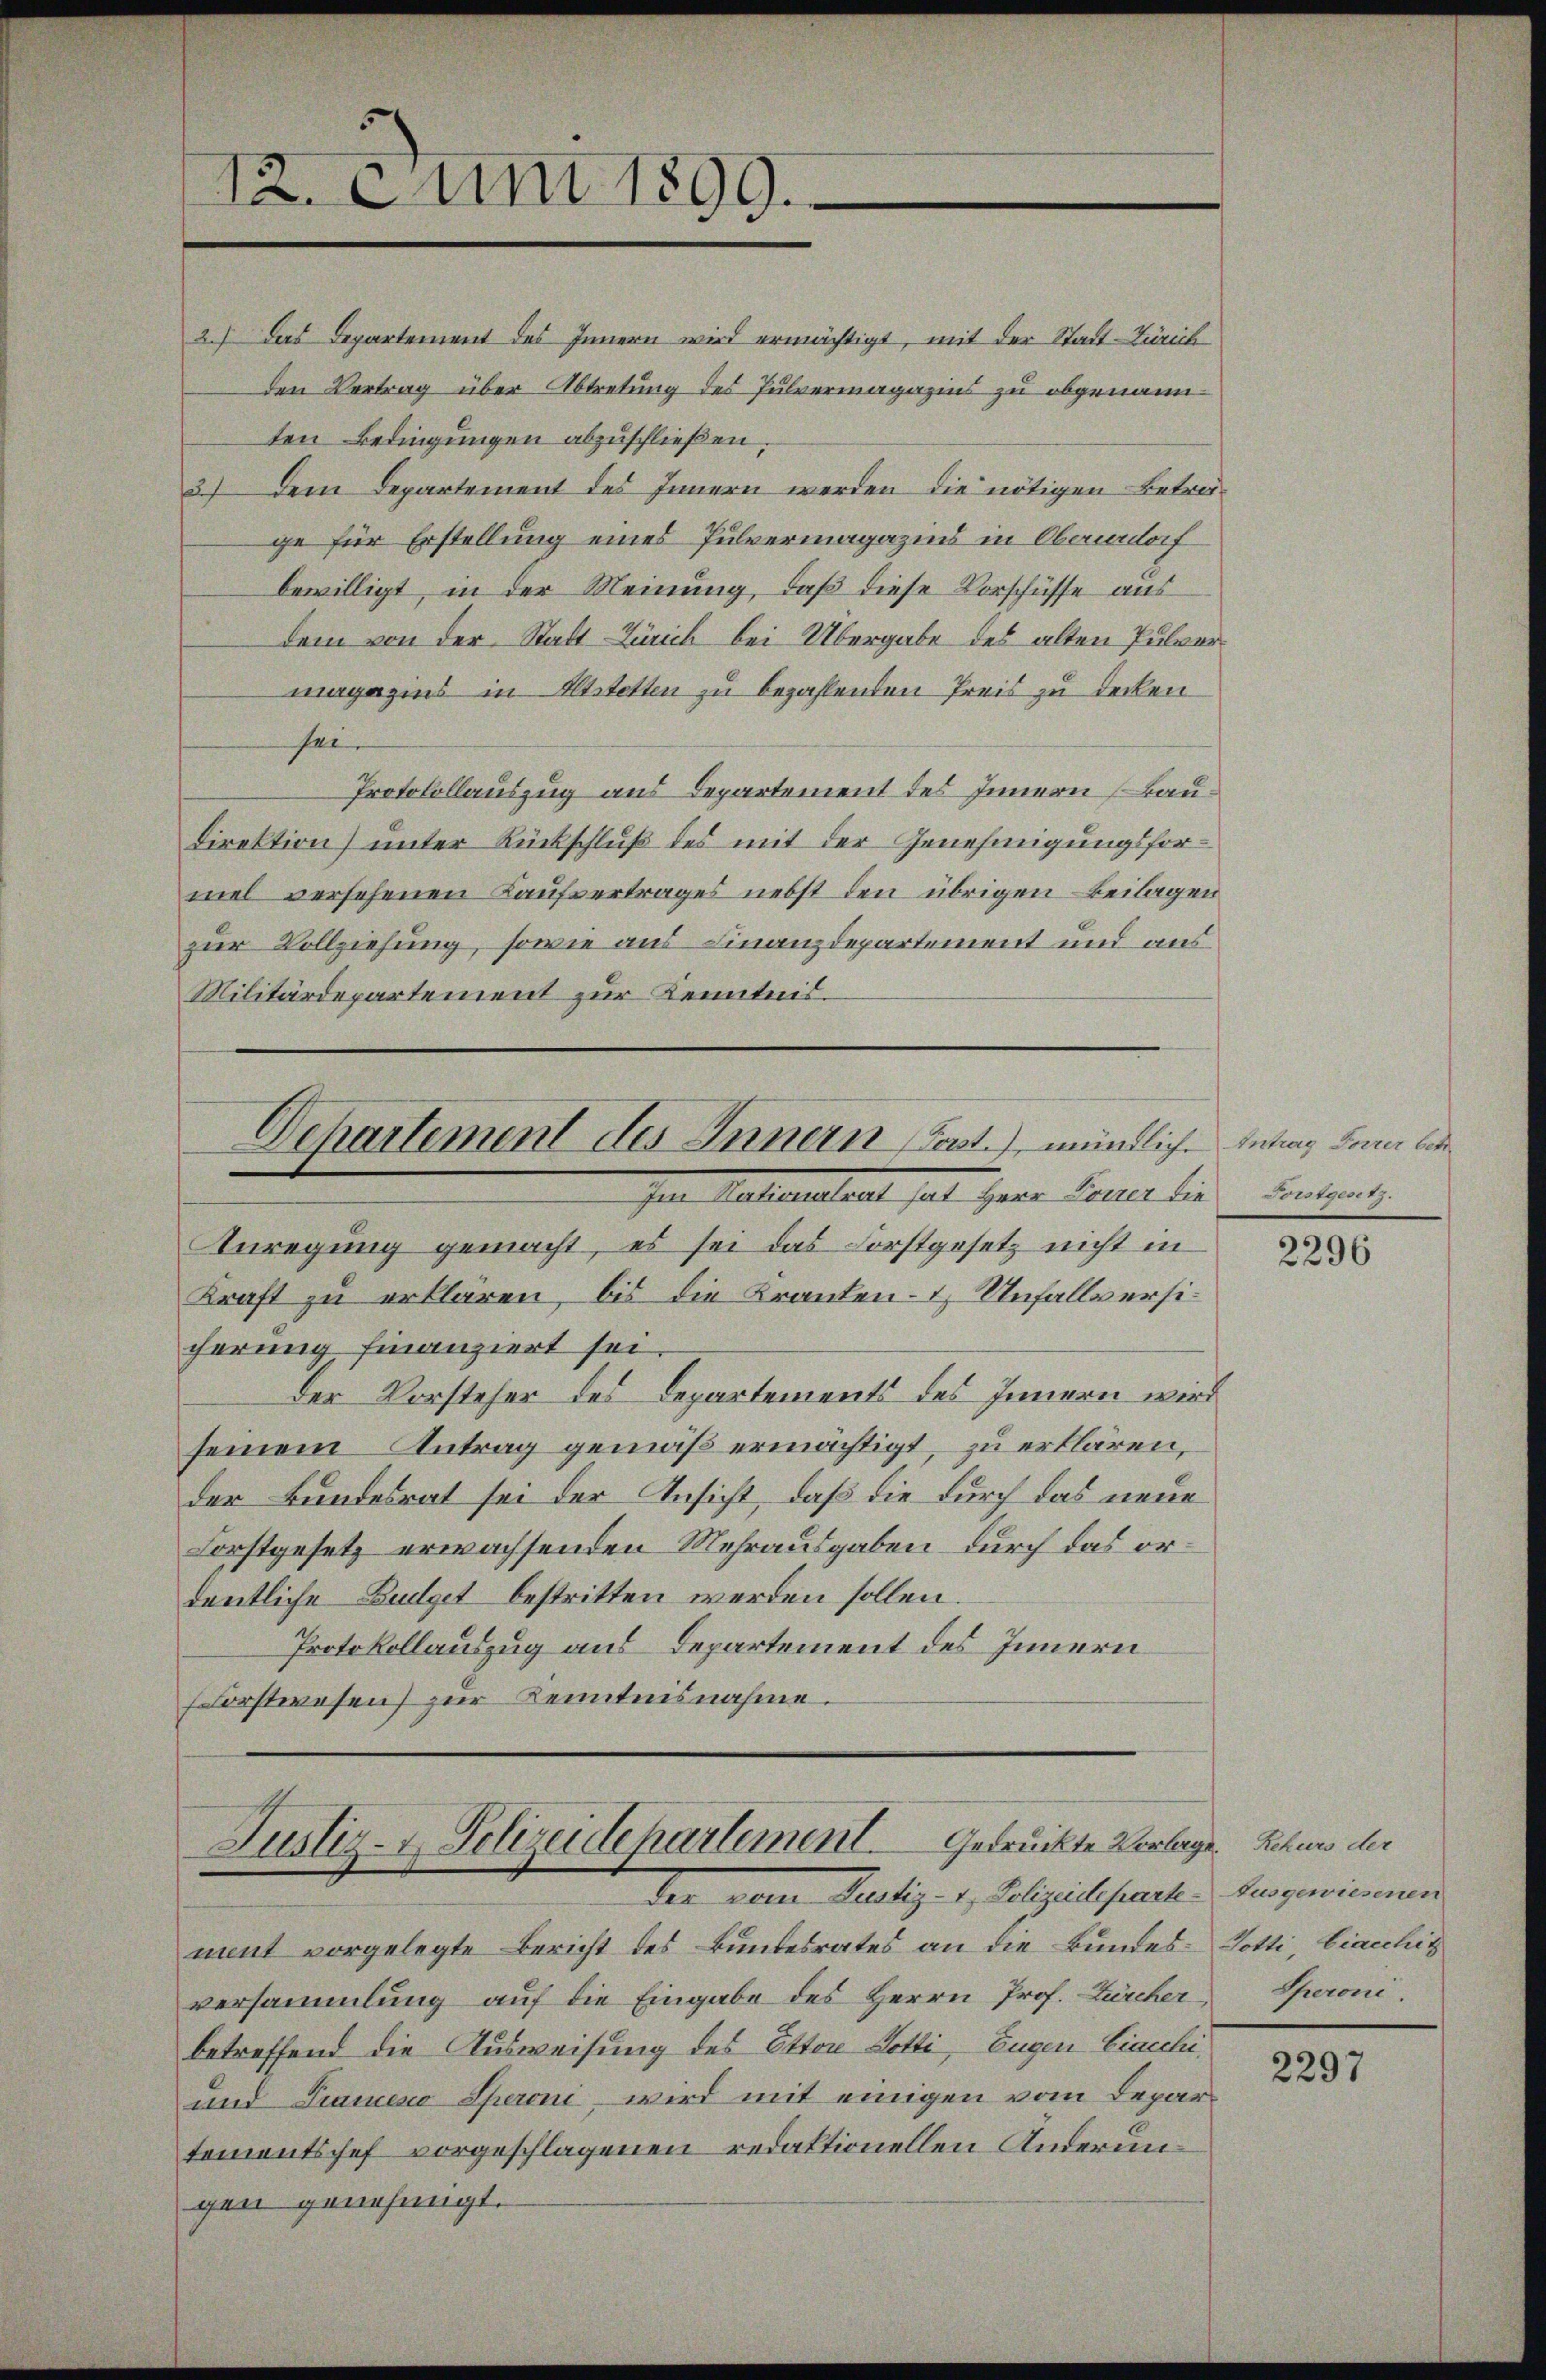
12. Juni 1899.

2. das Departement des Innern wird ermächtigt, mit der Stadt Zürich
den Vertrag über Abtretung des Pulvermagazins zu obgenannten Bedingungen abzuschließen,
3) Dem Departement des Innern werden die nötigen Betreige für Erstellung eines Pulvermagazins in Obendorf
bewilligt, in der Meinung, daß diese Vorschüsse aus
dem von der Stadt Zürich bei Übergabe des alten Pulvermagazins in Altstetten zu bezahlenden Preis zu decken
sei.
Protokollauszug aus Departement des Innern (Bau¬
Direktion) unter Rückschluß des mit der Genehmigungsformel versehenen Kaufvertrages nebst den übrigen Beilagen
zur Vollziehung, sowie aus Finanzdepartement und aus
Militärdepartement zur Kenntnis.

Dehartement des Innern Post.) mündlich. Antrag Frau be¬
Per Muttertheilt hat herr Feuer die
Anregung gemacht, es sei das Forstgesetz nicht in

Justiz- & Polizeidepartement. Gedrückte Verlege. Rchurs der
Der verer Rechtig ist, Poliziele hereche

mint vorgelegte Bericht des Bundesrates an die Bundes-Votti, biacchiz
versammlung auf die Eingabe des Herrn Prof. Zürcher
betreffend die Ausweisung des Otton Lotti, Eugen Ciacchi¬
und Tramen Speroni wird mit einigen vom Departementschef vorgeschlagenen redaktionellen Anderungen genehmigt.

Kraft zu erklären, bis die Kranken- & Unfallversicherung finanziert sei.
Der Vorsteher des Departements des Innern wird
seinem Antrag gemäß ermächtigt, zu erklären,
der Bundesrat sei der Ansicht, daß die durch das neue
Forstgesetz erwachsenden Mehrausgaben durch das ordentliche Budget bestritten werden sollen.
Protokollauszug aus Departement des Innern
(Forstwesen) zur Kenntnisnahme.

Fonten.

2296

Ausgewiesenen
Sperone.

2297